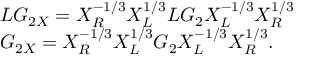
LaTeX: \begin{array} { l } { { L G _ { 2 X } = X _ { R } ^ { - 1 / 3 } X _ { L } ^ { 1 / 3 } L G _ { 2 } X _ { L } ^ { - 1 / 3 } X _ { R } ^ { 1 / 3 } } } \\ { { G _ { 2 X } = X _ { R } ^ { - 1 / 3 } X _ { L } ^ { 1 / 3 } G _ { 2 } X _ { L } ^ { - 1 / 3 } X _ { R } ^ { 1 / 3 } . } } \end{array}